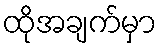
ထိုအချက်မှာ